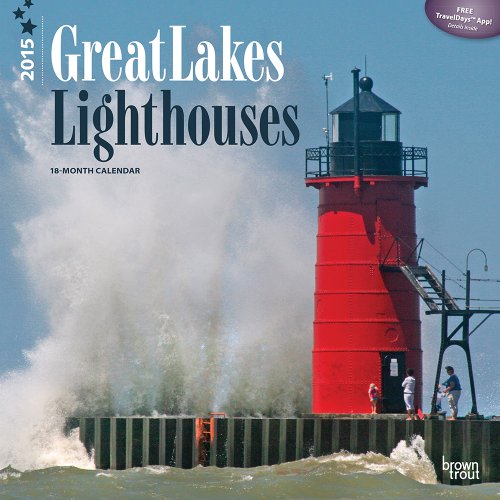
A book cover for Lighthouses, Great Lakes 2015 Square 12x12 (Multilingual Edition); BrownTrout; Calendars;